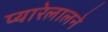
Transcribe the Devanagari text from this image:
प्यारेलालने